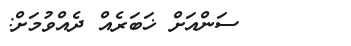
ސަންއަށް ޚަބަރެއް ދެއްވުމަށް: